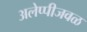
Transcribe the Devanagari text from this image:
अलेप्पीजवळ